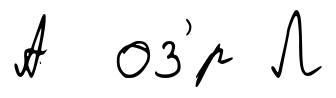
А оз'́р Л